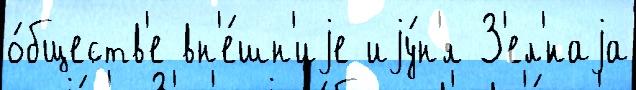
о́бществ'е вн'е́шн'иjе иjу́н'я З'ел'́наjа